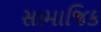
સામાજિક